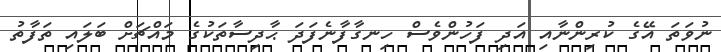
ނުވަތަ އޭގެ ކުރިންނާއި އަދި ފަހުންވެސް ހިނގާފާނެފަދަ ޙާދިސާތަކުގެ މައްޗަށް ބަލައި ތަފާތު